Vital statistics of India. Vol. IV, Annual returns from 1871 to 1876. British Army of India, Native Army and jails of Bengal
Year: 1871
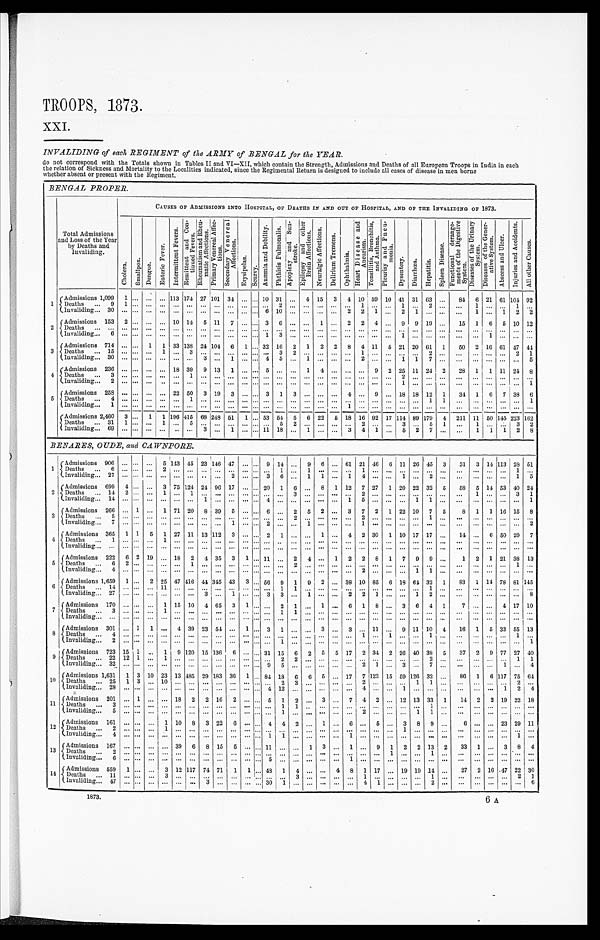
TROOPS, 1873.
XXI.
INVALIDING of each REGIMENT of the ARMY of BENGAL for the YEAR.
do not correspond with the Totals shown in Tables II and VI—XII, which contain the Strength, Admissions and Deaths of all European Troops in India in each
the relation of Sickness and Mortality to the Localities indicated, since the Regimental Return is designed to include all cases of disease in men borne
whether absent or present with the Regiment.
BENGAL PROPER.
Total Admissions
and Loss of the Year
by Deaths and
Invaliding.
CAUSES OF ADMISSIONS INTO HOSPITAL, OF DEATHS IN AND OUT OF HOSPITAL, AND OF THE INVALIDING OF 1873.
C h o l e r a . S m a l l p o x . D e n g u e .
E n t e r i c F e v e r .
I n t e r m i t t e n t F e v e r s . R e m i t t e n t a n d C o n - t i n u e d F e v e r s .
R h e u m a t i s m a n d R h e u - m a t i c A f f e c t i o n s .
P r i m a r y V e n w e r e a l A f f e c - t i o n s . S e c o n d a r y V e n e r e a l A f f e c t i o n s .
E r y s i p e l a s .
S c u r v y .
A n æ m i a a n d D e b i l i t y . P h t h i s i s P u l m o n a l i s .
A p o p l e x y a n d S u n - s t r o k e .
E p i l e p s y a n d o t h e r B r a i n A f f e c t i o n s .
N e u r a l g i c A f f e c t i o n s .
D e l r i u m T r e m e n s .
O p h t h a l m i a .
H e a r t D i s e a s e a n d A n e u r i s m . T o n s i l l i t i s , B r o n c h i t i s , a n d A s t h m a . P l e u r i s y a n d P n e u - m o n i a .
D y s e n t e r y .
D i a r r h œ a .
H e p a t i t i s .
S p l e e n D i s e a s e .
F u n c t i o n a l d e r a n g e - m e n t s o f t h e D i g e s t i v e S y s t e m .
D i s e a s e s o f t h e U r i n a r y S y s t e m . D i s e a s e s o f t h e G e n e r - a t i v e S y s t e m .
A b s c e s s a n d U l c e r .
I n j u r i e s a n d A c c i d e n t s .
A l l o t h e r C a u s e s .
1
A d m i s s i o n s 1 , 0 9 9 1
. . .
. . .
. . . 113 174 27 101 34
. . . . . . 10 31
. . . 4 15 3 4 10 59 10 41 31 63
. . . 84 6 21 61 104 92
Deaths . . . 9
1
. . .
. . .
. . .
. . .
. . .
. . .
. . .
. . .
. . . . . . . . .
2
. . .
. . .
. . .
. . .
. . .
1
. . . . . .
1
. . .
2
. . .
. . .
1
. . .
. . . 1
. . .
Invaliding . . . 30
. . . . . .
. . .
. . .
. . .
. . .
. . .
. . .
. . . . . . . . .
6
1 0
. . .
. . .
. . .
. . . 2 2 1 . . . 2
1
. . .
. . .
. . . 1 . . . 1 2 2
2
Admissions 153 2 . . .
. . . . . . 10 14 5 11 7
. . . . . . 3 6
. . .
. . . 1
. . . 2 2 4 . . . 9 9 19
. . . 15 1 6 5 10 12
Deaths . . .
. .
. . . .
. . .
. . .
. . .
. . .
. . .
. . .
. . .
. . . . . .
. . . . . .
. . .
. . .
. . .
. . .
. . .
. . .
. . . . . .
. . .
. . .
. . .
. . .
. . .
. . . . . . . . . . . .
. . .
I n v a l i d i n g . . . 6
. . . . . .
. . .
. . .
. . .
. . .
. . .
. . .
. . . . . . . . .
1
3
. . .
. . .
. . .
. . .
. . .
. . .
. . . . . .
1
. . .
. . .
. . .
. . .
. . .
1 . . . . . .
. . .
3
Admissions 714
. . . . . . 1 1 33 138 24 104 6 1 . . . 32 16 2 1 2 2 8 4 11 5 21 20 61 1
50 2 16 61 47 44
Deaths . . . 15
. . . . . .
. . . 1
. . . 3
. . .
. . .
. . .
. . . . . . . . . 3 2
. . .
. . .
. . .
. . .
1
. . . . . .
. . .
. . .
2
. . .
. . .
. . .
. . .
. . . 2
1
I n v a l i d i n g . . . 3 0
. . . . . .
. . .
. . .
. . .
. . .
3
. . .
1
. . . . . .
4
5
. . .
1
. . .
. . .
. . .
2
. . . . . .
1
1
7
. . .
. . .
. . .
. . .
. . . . . .
5
4 Admissions 236
. . . . . .
. . .
. . . 18 39 9 13 1
. . . . . . 5
. . .
. . . 1 4
. . .
. . .
. . . 9 2 25 11 24 2
28 1 1 11 24 8
D e a t h s . . . 3
. . . . . .
. . .
. . .
. . .
1
. . .
. . .
. . . . . . . . .
. . .
. . .
. . .
. . .
. . .
. . .
. . .
. . .
. . . . . .
2
. . .
. . .
. . .
. . .
. . .
. . .
. . . . . .
. . .
I n v a l i d i n g . . . 2
. . . . . .
. . .
. . .
. . .
. . .
. . .
. . .
. . . . . . . . .
. . . . . .
. . .
. . .
. . .
. . .
. . .
. . .
. . . . . .
1
. . .
. . .
. . .
. . .
. . .
. . .
. . . . . .
1
5 Admissions 258
. . .
. . . . . .
. . . 22 50 3 19 3
. . . . . . 3 1 3
. . .
. . .
. . . 4
. . . 9
. . . 18 18 12 1
34 1 6 7 38
6
D e a t h s . . . 4
. . . . . .
. . .
. . .
. . .
1
. . . . . .
. . .
. . . . . . . . .
. . .
. . .
. . .
. . .
. . .
. . .
. . .
. . .
. . .
. . .
. . .
1
1
. . .
. . .
. . .
. . .
. . .
1
Invaliding . . . 1
. . . . . .
. . .
. . .
. . .
. . .
. . .
. . .
. . . . . . . . .
. . . . . .
. . .
. . .
. . .
. . . 1
. . .
. . . . . .
. . .
. . .
. . .
. . .
. . .
. . .. . . . . . . . .
. . .
Admissions 2,460 3 . . . 1 1 196 415 68 248 51 1 . . . 53 54 5 6 22
5 18 16 92 17 114 89 179 4 211 11 50 145 223 162
Deaths . . . 31 1
. . .
. . . 1
. . . 5
. . .
. . .
. . .
. . . . . .
. . . 5 2
. . .
. . .
. . .
. . . 2
. . .
. . . 3
. . . 5 1
. . . 1
. . . . . . 3 2
Invaliding . . . 69
. . . . . .
. . .
. . .
. . .
. . . 3
. . .
1
. . . . . . 11 18
. . . 1
. . .
. . . 3 4
1
. . . 5 2 7
. . .
. . . 1 1 1 2 8
BENARES, OUDE, an d CAWNPORE.
1 Admissions 906 . . . . . .
. . . 5
1 4 3 45 23 146 47
. . . . . . 9 14 . . .
9 6 . . . 61 21 46 6 11 26 45 3
31 3 14 113 28 51
Deaths . . . 6 . . .
. . .
. . .
2
. . . . . .
. . .
. . .
. . .
. . . . . . . . . 1
. . .
1
. . .
. . .
. . . 1
. . . . . .
. . .
. . .
. . . . . .
. . .
. . . . . .
. . . 1
. . .
Invaliding . . . 27
. . .
. . .
. . . . . .
. . .
. . .
. . . . . . 2
. . . . . . 3 6 . . .
1 1 . . . 1 4
. . . . . .
1
. . . 2
. . .
. . .
. . . . . .
. . . 1
5
2 Admissions 699 4 . . .
. . . 3 75 124 24 96 17 . . .
. . . 20 1 6
. . . 8 1 12 7 27 1 20 22 32 5
58 5 14 53 40 24
D e a t h s . . . 1 4
2 . . . . . . 1
. . .
1
. . . . . .
. . .
. . . . . . . . . . . .
3
. . .
. . .
. . .
. . . 2
. . . . . .
. . .
. . .
. . . . . .
. . .
1 . . .
. . .
3
1
I n v a l i d i n g . . . 1 4
. . . . . . . . . . . .
. . .
. . .
1 . . .
. . .
. . . . . . 4
. . .
. . .
. . .
. . .
. . .
1 5
. . . . . .
. . .
1
1
. . .
. . .
. . . . . .
. . .
. . .
1
3 Admissions 266
. . . 1
. . . 1 71 20 8 39 5
. . . . . . 6 . . .
2 5 2 . . . 3 7 2 1 22 10 7 5
8 1 1 16 15 8
D e a t h s . . . 5
. . . . . . . . . . . .
. . .
. . .
. . . . . .
. . .
. . . . . . . . . . . .
2
. . .
. . .
. . .
. . . 2
. . . . . .
. . .
. . .
1
. . .
. . .
. . . . . .
. . .
. . .
. . .
I n v a l i d i n g . . . 7
. . . . . . . . . . . .
. . .
. . .
. . . . . .
1
. . . . . . 2
. . .
. . .
1
. . .
. . .
. . . 1
. . . . . .
. . .
. . .
. . . . . .
. . .
. . . . . .
. . . . . .
2
4
A d m i s s i o n s 3 6 5 1 1 5 1 27 11 13
1 1 2 3 . . .
. . . 2 1 . . .
. . . 1 . . . 4 2 30 1 10 17 17
. . . 14
. . . 6 50 29 7
Deaths . . . 1
. . . . . . . . .
1
. . .
. . .
. . . . . .
. . . . . . . . . . . . . . . . . .
. . .
. . .
. . .
. . .
. . .
. . . . . .
. . .
. . .
. . . . . .
. . .
. . . . . .
. . .
. . .
. . .
Invaliding . . .
. . . . . . . . .
. . .
. . .
. . .
. . . . . .
. . . . . . . . . . . . . . . . . .
. . .
. . . . . . . . . . . .
. . . . . .
. . .
. . .
. . .
. . .
. . .
. . . . . .
. . . . . .
. . .
5 Admissions 222 6 2 19
. . . 18 2 4 35 3 1
. . . 11
. . . 2 4
. . . 1 2 2 8 1 7 9 9
. . .
1 2 1 21 38 13
D e a t h s . . . 6
2 . . . . . .
. . .
. . .
1
. . .
. . .
. . . . . . . . . . . . . . .
2
. . .
. . .
. . .
. . .
. . .
. . . . . .
. . .
. . .
. . . . . .
. . .
. . . . . .
. . .
1
. . .
I n v a l i d i n g . . . 4
. . . . . . . . .
. . .
. . .
. . .
. . .
. . .
. . . . . . . . . . . . . . .
. . .
. . .
. . .
. . .
. . .
2
. . . . . .
. . .
1
1
. . . . . .
. . . . . .
. . . . . .
. . .
6
Admissions 1,659 1
. . . 2 25 47 416 44
3 4 5 43 3
. . . 56 9 1 9 2 . . . 38 10 85 6 18 64 32 1
83 1
1 4 78 81 145
Deaths . . . 14
. . . . . . . . . 1 1
. . .
. . .
. . .
. . .
. . .
. . . . . . . . . 1
1
. . .
. . .
. . .
. . .
. . .
. . . . . .
. . .
. . . 1
. . . . . .
. . . . . .
. . . . . . . . .
Invaliding . . . 27
. . . . . .
. . .
. . .
. . .
. . . 3 . . .
1
. . .
. . . 3 3 . . .
1
. . . . . . 2 2 1
. . .
. . . 1 2
. . . . . .
. . . . . .
. . . . . . 8
7
Admissions 170
. . .
. . . . . . 1 15 10 4 65 3 1
. . .
. . . 2 1
. . . 1 . . . 6 1 8
. . . 3 6 4 1
7
. . . . . . 4 17 10
Deaths . . . 3
. . .
. . . . . .
1
. . .
. . .
. . .
. . .
. . .
. . . . . . . . . 1
1
. . .
. . .
. . .
. . .
. . .
. . . . . .
. . .
. . .
. . . . . .
. . .
. . . . . .
. . .
. . .
. . .
I n v a l i d i n g . . .
. . . . . . . . .
. . .
. . .
. . .
. . .
. . .
. . . . . . . . . . . .
. . .
. . .
. . .
. . .. . .
. . . . . .
. . .
. . .
. . .
. . .
. . .
. . .
. . .
. . . . . .
. . . . . .
. . .
8 Admissions 301
. . . 1
1
. . . 4 39 23 54
. . . 1
. . . 3 1
. . .
. . . 3 . . . 3 . . . 11
. . . 9 11 10 4
16 1 5 33 55 13
D e a t h s . . . 4
. . . . . . . . .
. . .
. . .
. . . . . . . . .
. . .
. . . . . . . . . . . .
. . .
. . .
. . . . . . . . . 1
. . . 1
. . .
. . .
1
. . .
. . .
. . . . . .
. . .
1
. . .
Invaliding . . . 2
. . . . . . . . .
. . .
. . .
. . .
. . . . . .
. . .
. . . . . . . . . 1
. . .
. . .
. . .
. . . . . . . . .
. . . . . .
. . .
. . .
. . . . . .
. . .
. . . . . .
. . .
. . .
1
9 Admissions 723 15 1
. . . 1 9 120 15 136 6
. . . . . . 31 15 6 2 5 5 17 2 34 2 26 40 38 5
37 2 9 77 27 40
D e a t h s . . . 2 2
1 2 1
. . .
1
. . .
. . .
. . .
. . .
. . .
. . . . . . . . . 2
2
. . .
. . .
. . .
. . .
. . . . . . . . .
. . .
. . .
2
. . .
. . .
. . .
. . . . . .
1
1
I n v a l i d i n g . . . 3 2
. . . . . . . . .
. . .
. . .
. . .
. . .
. . .
. . .
. . . . . . 9
5
. . .
. . .
. . .
. . .
. . .
2
1
. . .
3
. . .
7
. . .
. . .
. . .
. . . 1 . . .
4
1 0 Admission 1,631
1 3 10 23 13 485 29 183 36 1
. . . 84 18 6 6 5 . . . 17 7 123 15 59 126 32
. . . 86 1 6 117 75 64
D e a t h s . . . 2 5
1 3
. . .
1 0
. . .
. . .
. . .
. . .
. . .
. . . . . . . . . 2
3
. . .
. . .
. . .
. . .
2
. . . . . .
. . .
1
1
. . .
. . .
. . .
. . . . . .
2
. . .
I n v a l i d i n g . . . 2 8
. . . . . . . . .
. . .
. . .
. . .
. . .
. . .
. . .
. . . . . . 4
1 2
. . .
. . .
. . .
. . .
. . .
4
. . . . . .
1
. . .
. . . . . .
. . .
. . .
. . . 1 2
4
11
A d m i s s i o n . . . 2 0 1
. . . 1
. . .
. . . 18 2 2 16
2
. . . . . . 5 1 2
. . . 3 . . . 7 4 2
. . . 12 13 33 1
14 2 2 19 22 18
Deaths . . . 3 . . .
. . .
. . .
. . .
. . .
. . .
. . .
. . .
. . .
. . . . . . . . . 1 1
. . .
. . .
. . .
. . .
. . . . . . . . .
. . .
. . . 1
. . .
. . .
. . .
. . .
. . . . . . . . .
I n v a l i d i n g . . . 5 . . .
. . . . . .
. . .
. . .
. . .
. . .
. . .
. . .
. . . . . . . . . 1
. . .
. . .
. . .
. . .
. . .
2
. . . . . .
. . .
1
1
. . .
. . .
. . .
. . .
. . .
. . . . . .
12
Admissions 161
. . . . . .
. . . 1 10 8 3 22 6
. . . . . . 4 4 2
. . . 1 . . . 6 . . . 5
. . . 3 8 9
. . .
6
. . .
. . . 23 29 11
Deaths . . . 2
. . .
. . . . . .
1 . . .
. . .
. . .
. . .
. . .
. . . . . . . . .
. . .
. . .
. . .
. . . . . .
. . . . . .
. . .
. . .
1
. . .
. . . . . .
. . .
. . .
. . . . . .
. . .
. . .
I n v a l i d i n g . . . 4
. . . . . . . . .
. . .
. . .
. . .
. . .
. . .
. . .
. . . . . . 1
1
. . .
. . .
. . .
. . .
1 . . .
. . . . . .
. . .
. . .
. . . . . .
. . .
. . .
. . .
. . .
1 . . .
1 3 Admissions 167
. . . . . .
. . .
. . . 39 6 8 15 5
. . . . . . 11
. . .
. . . 1 3 . . .
1 . . . 9 1 2 2 13 2
33 1
. . . 3 8 4
D e a t h s . . . 2
. . . . . . . . .
. . .
. . .
. . .
. . .
. . .
. . .
. . . . . . . . . . . .
. . .
. . .
. . .
. . .
. . . . . .
. . . 1
. . .
. . .
1
. . .
. . .
. . .
. . . . . .
. . .
. . .
I n v a l i d i n g . . . 6
. . . . . . . . .
. . .
. . .
. . .
. . .
. . .
. . .
. . . . . . 5
. . .
. . .
. . .
. . .
. . .
1 . . .
. . . . . .
. . .
. . .
. . . . . .
. . .
. . .
. . . . . .
. . .
. . .
1 4
Admissions 559 1
. . . . . . 3 12 117 74 71 1 1 . . . 48 1 4
. . .
. . . 4 8 1 17
. . . 19 19 14
. . .
27 2 16 47 22 30
D e a t h s . . . 1 1
. . . . . . . . .
3
. . .
. . .
. . .
. . .
. . .
. . . . . . . . . . . .
3
. . .
. . .
. . .
. . .
1
. . . . . .
. . .
. . .
1
. . .
. . .
. . .
. . . . . .
2 1
I n v a l i d i n g . . . 4 7
. . . . . . . . .
. . .
. . .
. . .
3
. . .
. . .
. . . . . . 3 0 1
. . .
. . .
. . .
. . .
. . .
4
1
. . .
. . .
. . .
2
. . .
. . .
. . .
. . . . . .
. . .
6
1873.
6 A